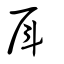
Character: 戽